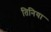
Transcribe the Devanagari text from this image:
तिनिया